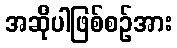
အဆိုပါဖြစ်စဉ်အား